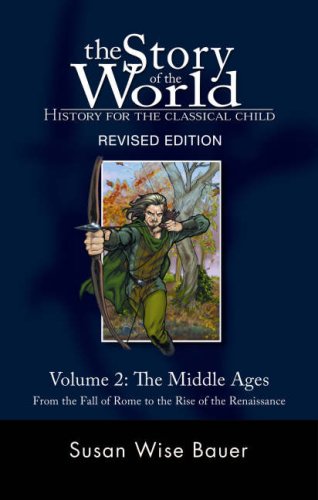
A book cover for The Story of the World: History for the Classical Child: The Middle Ages: From the Fall of Rome to the Rise of the Renaissance (Second Revised Edition)  (Vol. 2)  (Story of the World); Susan Wise Bauer; Education & Teaching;